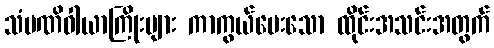
သံမဏိဝါယာကြိုးများ ကာကွယ်ပေးသော ထိုင်းအသင်းအတွက်